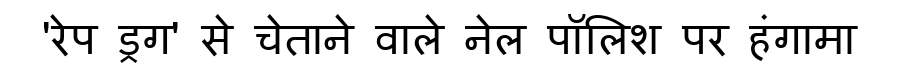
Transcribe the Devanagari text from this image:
'रेप ड्रग' से चेताने वाले नेल पॉलिश पर हंगामा